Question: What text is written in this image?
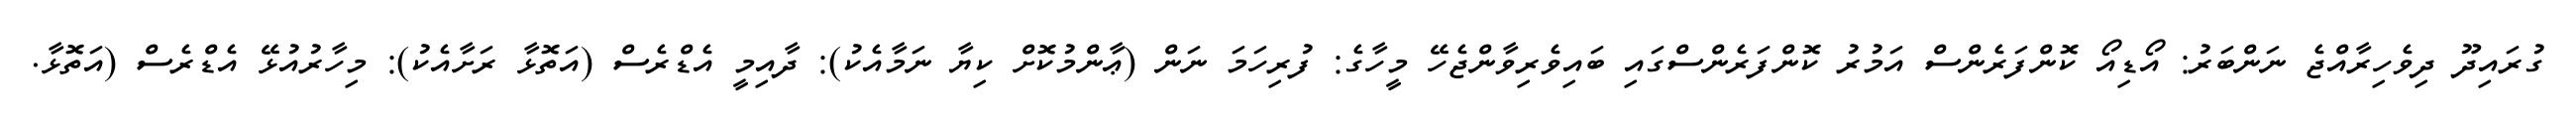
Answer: ގުރައިދޫ ދިވެހިރާއްޖެ ނަންބަރު: އޯޑިއޯ ކޮންފަރެންސް އަމުރު ކޮންފަރެންސްގައި ބައިވެރިވާންޖެހޭ މީހާގެ: ފުރިހަމަ ނަން (ޢާންމުކޮށް ކިޔާ ނަމާއެކު): ދާއިމީ އެޑްރެސް (އަތޮޅާ ރަށާއެކު): މިހާރުއުޅޭ އެޑްރެސް (އަތޮޅާ.